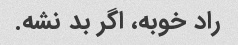
راد خوبه، اگر بد نشه.